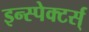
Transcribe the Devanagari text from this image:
इन्स्पेक्टर्स्